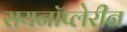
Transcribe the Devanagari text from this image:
रायनॉप्लेरीन